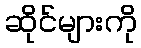
ဆိုင်များကို